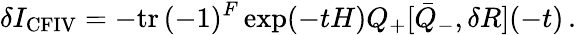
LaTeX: \delta I_{\mathrm{CFIV}}=-\mathrm{tr}\, (-1)^{F}\exp(-tH)Q_{+}[\bar{Q}_{-},\delta R](-t)\, .